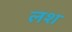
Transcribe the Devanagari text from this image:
लश